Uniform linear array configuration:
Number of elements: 8
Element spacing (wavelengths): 0.25
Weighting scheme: kaiser
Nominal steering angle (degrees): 45
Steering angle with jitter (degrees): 44.039
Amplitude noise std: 0.05
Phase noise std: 0.05

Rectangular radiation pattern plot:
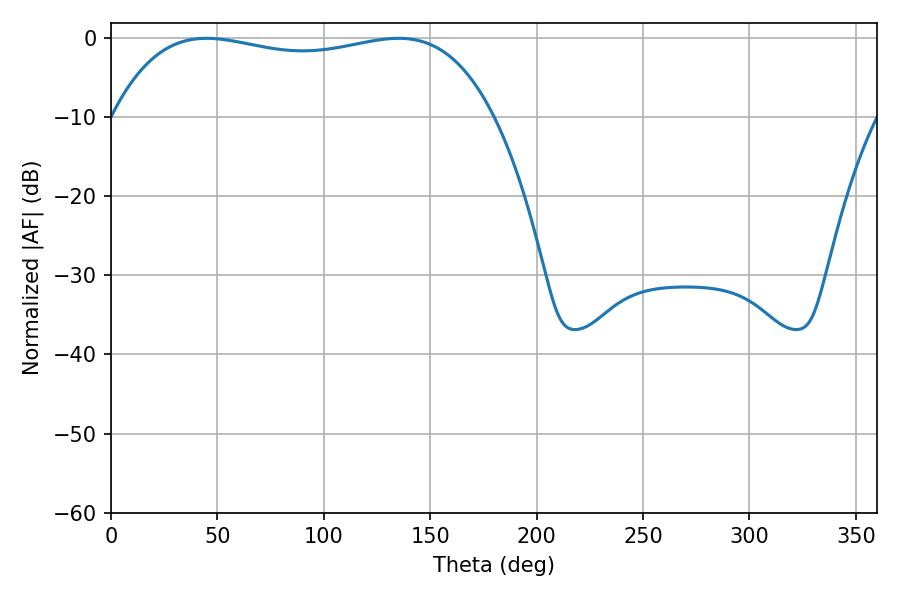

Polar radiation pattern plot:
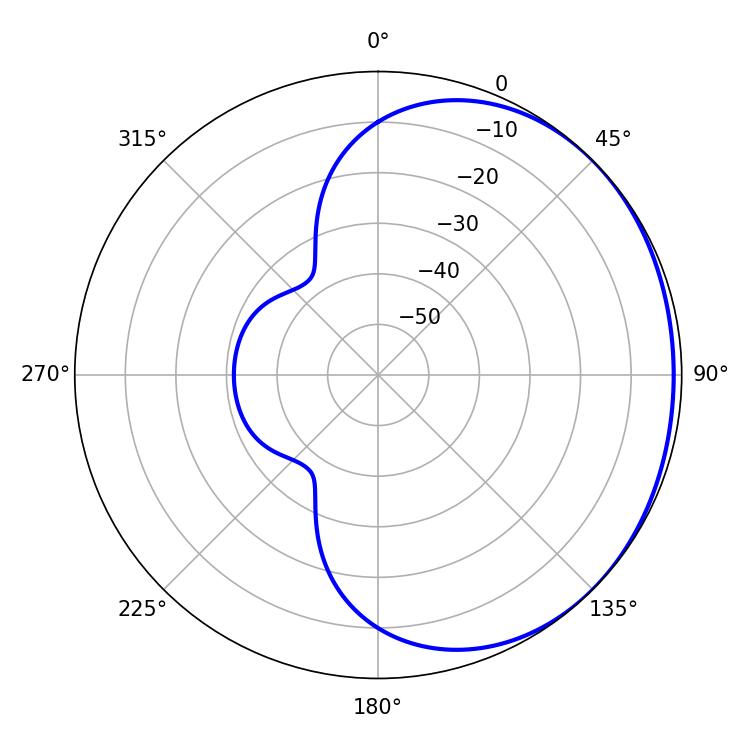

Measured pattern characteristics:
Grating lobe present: FALSE
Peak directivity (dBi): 0.9335
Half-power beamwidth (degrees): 144.36
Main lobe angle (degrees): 44.82